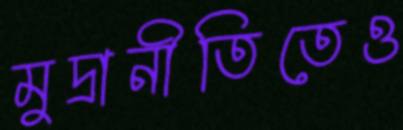
মুদ্রানীতিতেও